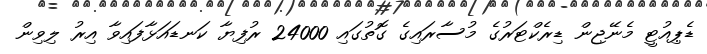
ޑެޕިއުޓީ މެނޭޖިން ޑިރެކްޓަރުގެ މުސާރައިގެ ގޮތުގައި 24000 ރުފިޔާ ކަނޑައަޅާފައިވާ އިރު ލިވިން